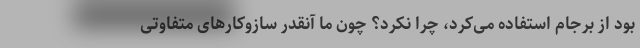
بود از برجام استفاده می‌کرد، چرا نکرد؟ چون ما آنقدر سازوکارهای متفاوتی